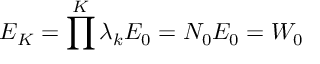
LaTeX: E _ { K } = \prod ^ { K } \lambda _ { k } E _ { 0 } = N _ { 0 } E _ { 0 } = W _ { 0 }